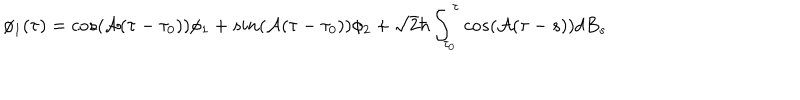
\phi _ { 1 } ( \tau ) = c o s ( { \cal A } ( \tau - \tau _ { 0 } ) ) \phi _ { 1 } + s i n ( { \cal A } ( \tau - \tau _ { 0 } ) ) \phi _ { 2 } + \sqrt { 2 } \hbar \int _ { \tau _ { 0 } } ^ { \tau } c o s ( { \cal A } ( \tau - s ) ) d B _ { s }